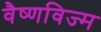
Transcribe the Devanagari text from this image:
वैष्णविज्म